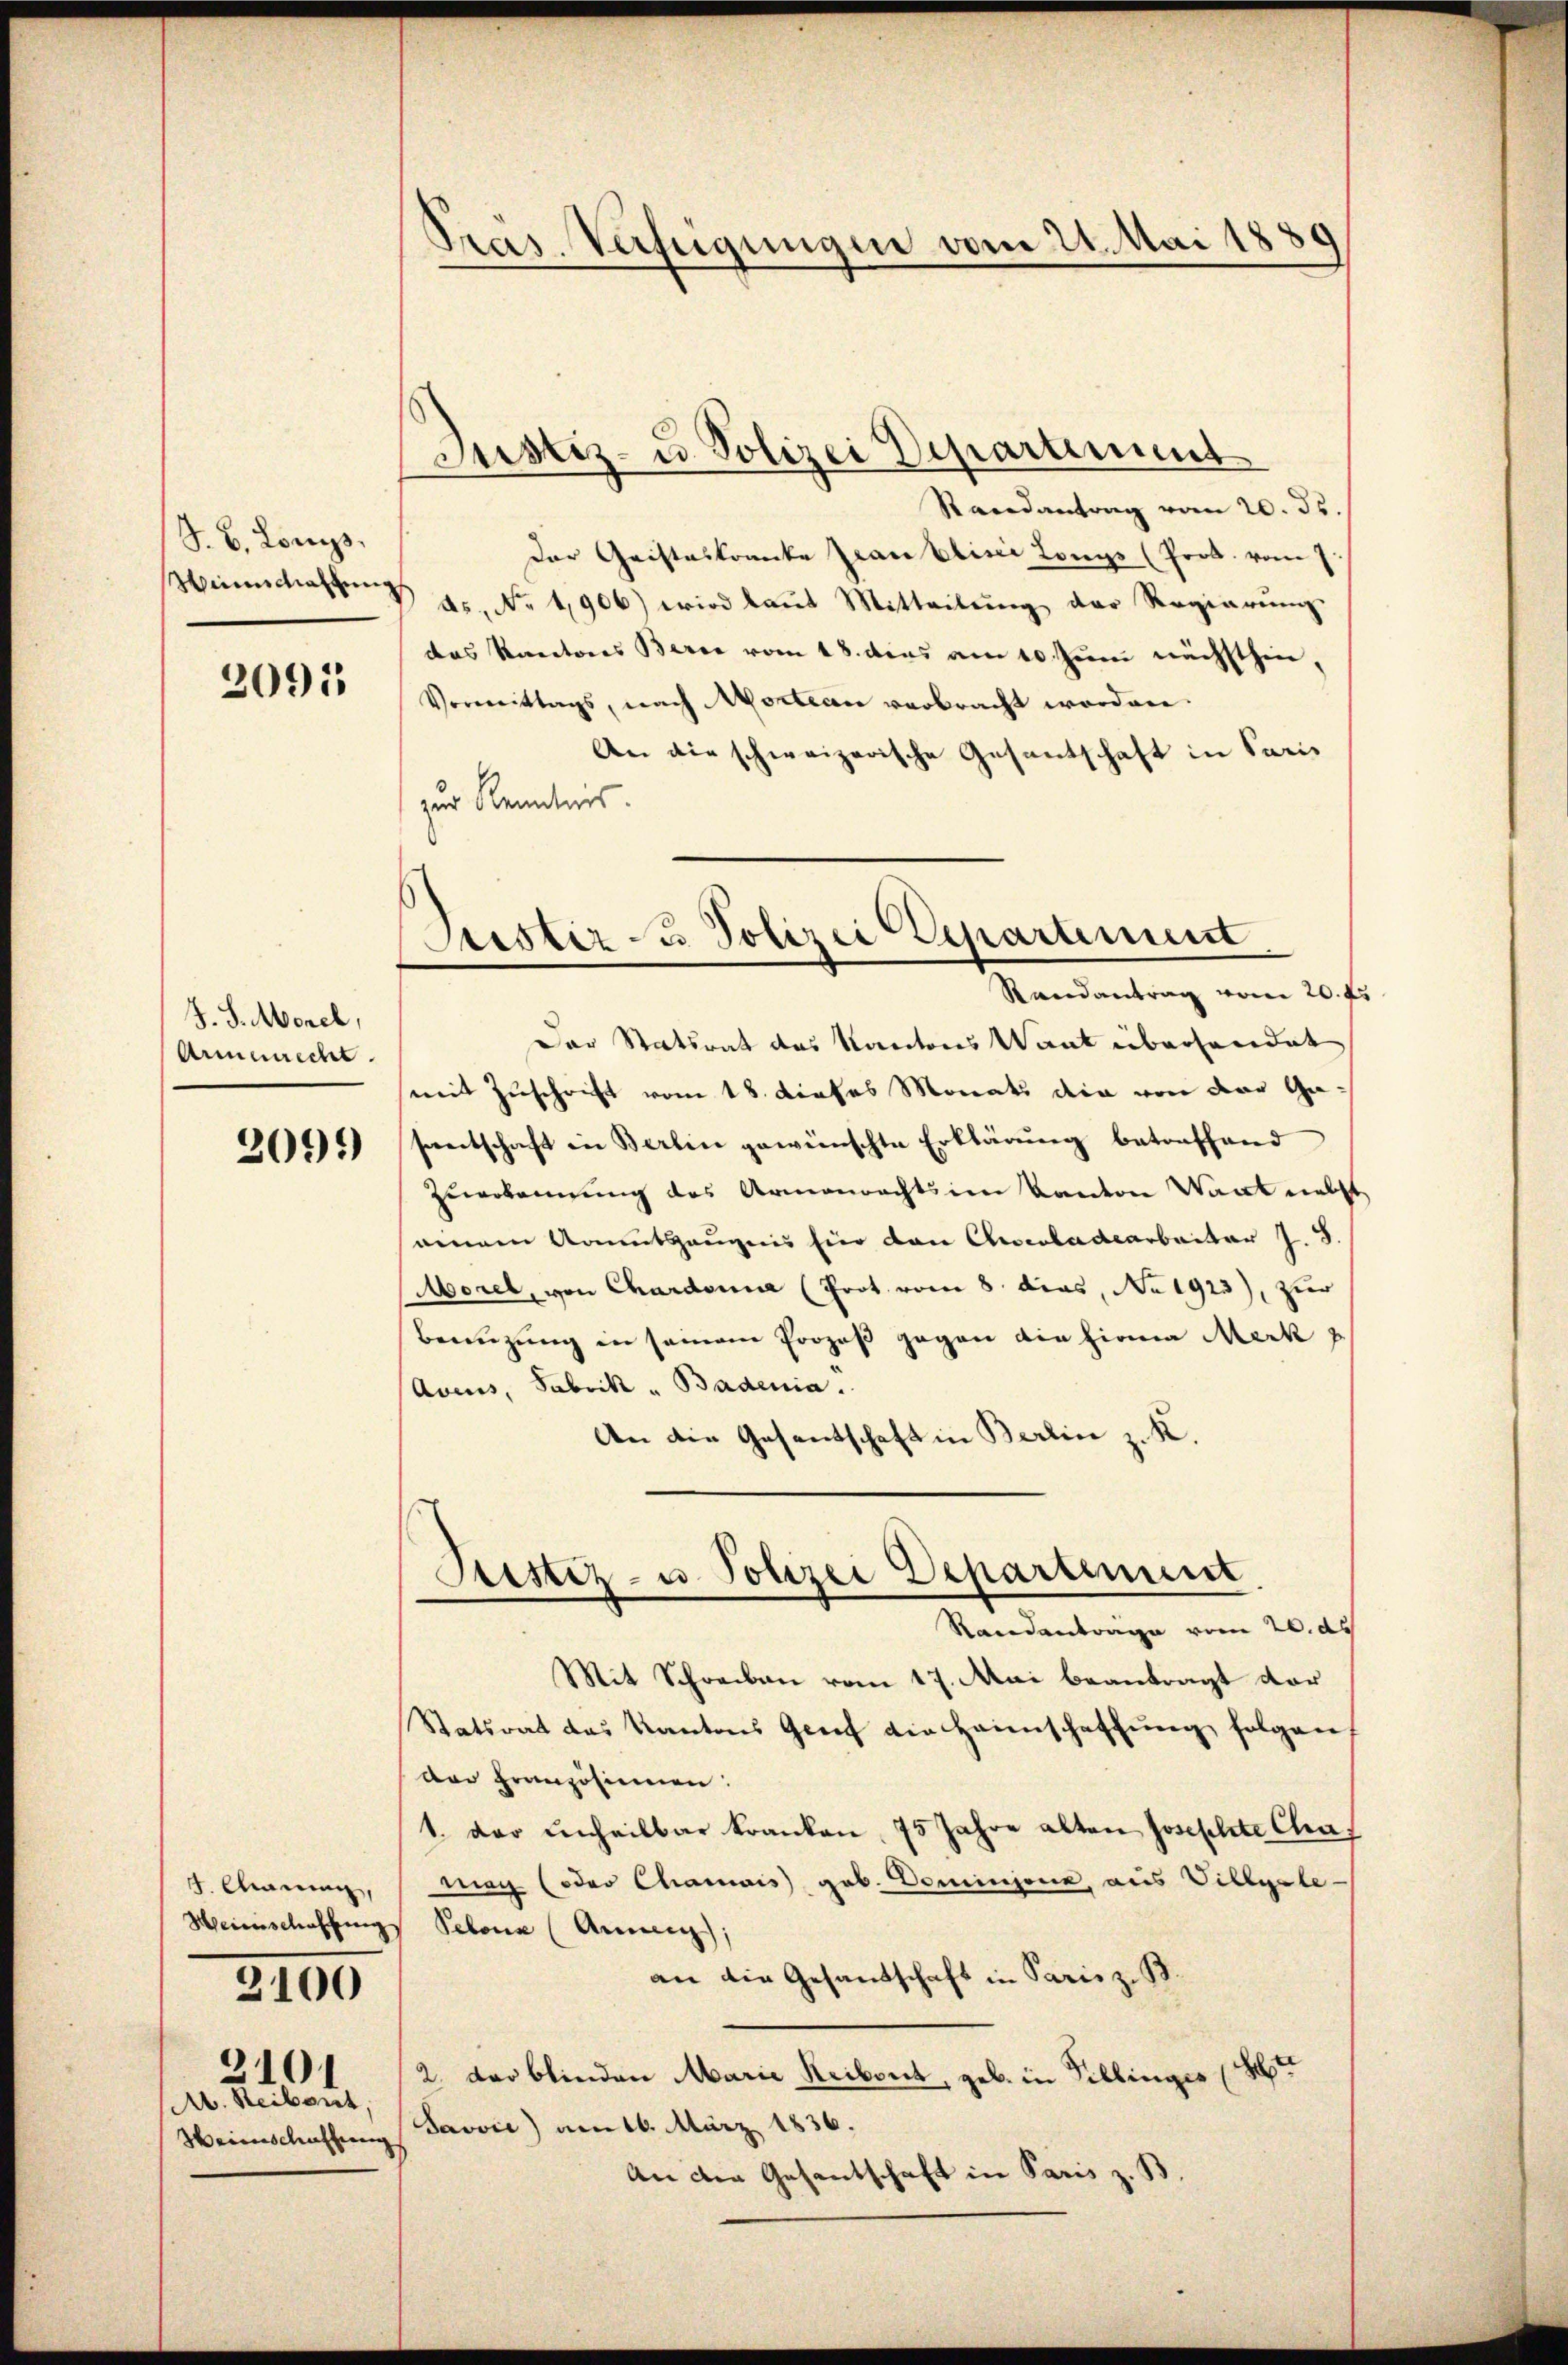
S. B. Lons.
Winnstaltung

3091

J. J. Monck,
Armenrecht.

2091)

5. Mann,
Heinschaffung

3100

Ab. Reibert,
Weinschaffung

2101

Präs. Verfügungen vom 21. Mai 184

Randantrag vom 20. ds.
Der Geisteskranke Jean bisci Lonys (Prob. vom 7.
ds, No 1906) wird kannt Mitteilung der Regierung.
das Kantons Berne vom 18. dies am 10. Juni nächsthin,
Vormittags, nach Motion verbracht worden.
An die schweizerische Gesantschaft in Paris
zur Kenntnis.

Justiz- u. Polizei Departement

Der Statsrat das Kantons Want überhandet
mit Zuschrift vom 18. dieses Monats die von der Gasantschaft in Berlin gewünschte Erklärung betreffend
Zuerkennung des Armenrechts im Kanton Wart nebst
nennen Katzeugens hier den Chocoladearbeiter J. J.
Morel, von Chardonna (Prot. vom 8. das, No 1923), zur
Beeuzung in seinem Prozeß gegen die hiena Merk
Avers, Fabrik - Badenia.
An die Gesentschaft in Berlin z. K.
Stestiz- u Polizei Departement
Randantrage vom 20. ds
Mit Schreiben vom 17. Mai beantragt dar
Statsrat das Kantons Genf die Heimschaffung folgen
der Französinnen:
1. der unheilbar kranken, 75 Jahre alten Josephte Cha¬
Mag (oder Chanis geb. Dominjone, aus Villyale-
Pebona (Annen;
an die Gesandtschaft in Paris z. B.
2. der blinden Marie Reibent, geb. in Pillinges (S
Javvić) am 16. März 1836.
An der Gesantschaft in Paris z. B.

Jester u. Polizei Departement
Randantrag vom 20. d.